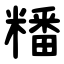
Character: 䊩